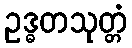
ဥဒ္ဓတသုတ္တံ